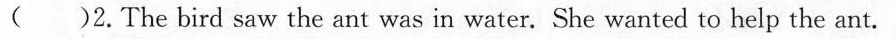
( )2.The bird saw the ant was in water. She wanted to help the ant.